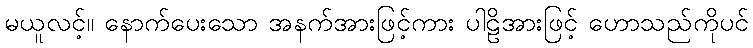
မယူလင့်။ နောက်ပေးသော အနက်အားဖြင့်ကား ပါဠိအားဖြင့် ဟောသည်ကိုပင်